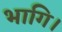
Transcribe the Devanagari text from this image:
भागि।